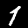
Digit: 1